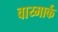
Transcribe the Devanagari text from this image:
वाय्मार्क